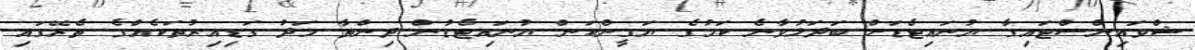
ޝްވައިންސްޓައިގާ ޔުނައިޓެޑަށް ބަދަލުވާނެ ކަމުގެ ޔަގީންކަން ޔުނައިޓެޑުން ދިންތާ މަދު ގަޑިއިރުތަކެއްގެ ތެރޭގައި